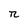
Character: n